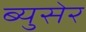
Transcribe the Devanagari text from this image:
ब्युसेर